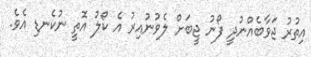
އިތުރު ޖަވާބެއްނުދީ ފޯނު ޖީބަށް ލެވުނުއިރު އެ ކޯލު އޮތީ ނުކެނޑި އެވެ.